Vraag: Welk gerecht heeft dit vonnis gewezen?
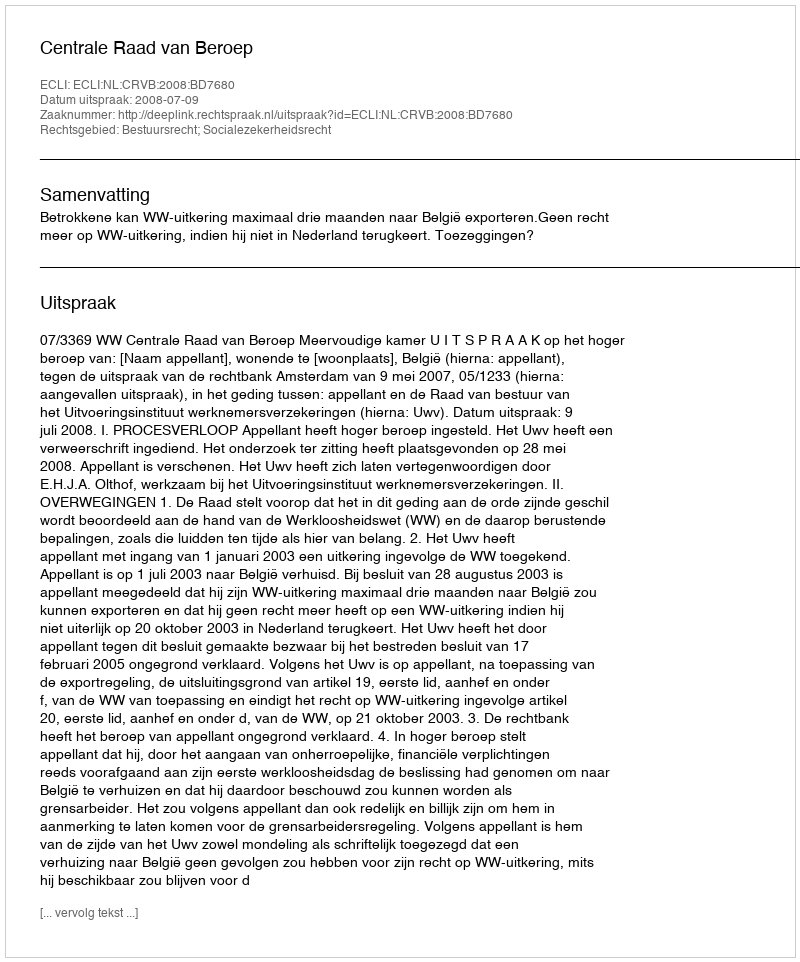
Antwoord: Centrale Raad van Beroep